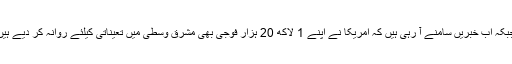
جبکہ اب خبریں سامنے آ رہی ہیں کہ امریکا نے اپنے 1 لاکھ 20 ہزار فوجی بھی مشرق وسطیٰ میں تعیناتی کیلئے روانہ کر دیے ہیں۔